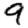
Digit: 9